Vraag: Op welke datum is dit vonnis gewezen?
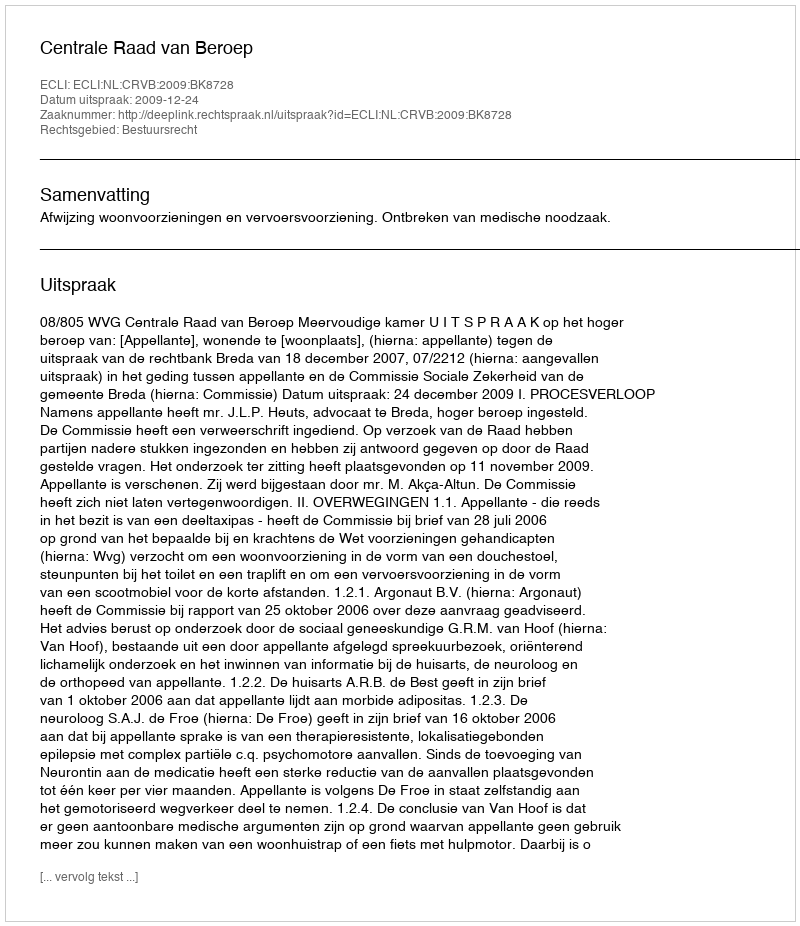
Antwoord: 2009-12-24